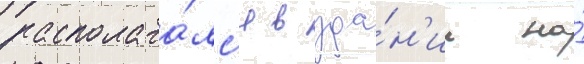
располага́лс'я в зда́н'ии на́